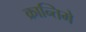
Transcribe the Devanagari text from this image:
क्रान्तिमे